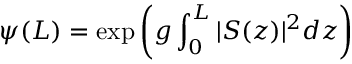
\psi ( L ) = \exp \left( g \int _ { 0 } ^ { L } \vert S ( z ) \vert ^ { 2 } d z \right)